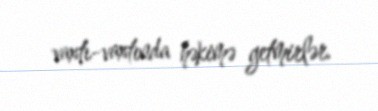
vaxtı-vaxtında həkimə getmirlər.